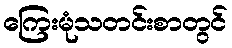
ကြေးမုံသတင်းစာတွင်